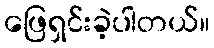
ဖြေရှင်းခဲ့ပါတယ်။